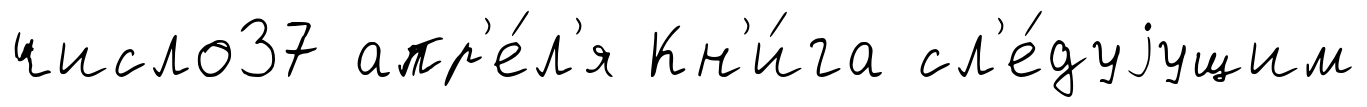
число37 апр'е́л'я Кн'и́га сл'е́дуjущим